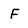
Character: F